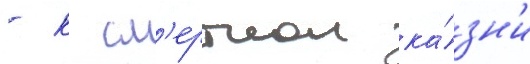
- к см'ертнои ка́зн'и